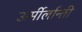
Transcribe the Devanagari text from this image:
ऊर्मीर्लान्ती